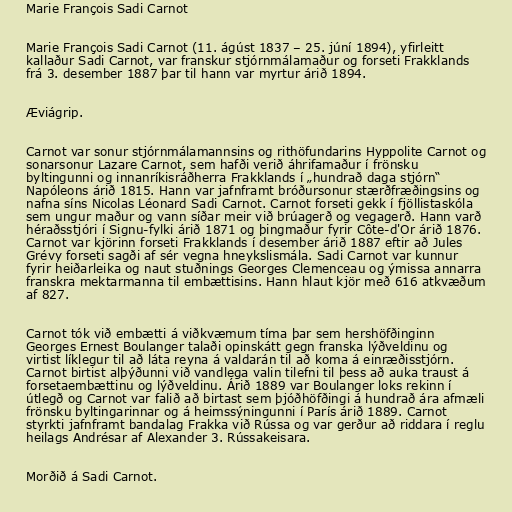
Marie François Sadi Carnot

Marie François Sadi Carnot (11. ágúst 1837 – 25. júní 1894), yfirleitt
kallaður Sadi Carnot, var franskur stjórnmálamaður og forseti Frakklands
frá 3. desember 1887 þar til hann var myrtur árið 1894.

Æviágrip.

Carnot var sonur stjórnmálamannsins og rithöfundarins Hyppolite Carnot og
sonarsonur Lazare Carnot, sem hafði verið áhrifamaður í frönsku
byltingunni og innanríkisráðherra Frakklands í „hundrað daga stjórn“
Napóleons árið 1815. Hann var jafnframt bróðursonur stærðfræðingsins og
nafna síns Nicolas Léonard Sadi Carnot. Carnot forseti gekk í fjöllistaskóla
sem ungur maður og vann síðar meir við brúagerð og vegagerð. Hann varð
héraðsstjóri í Signu-fylki árið 1871 og þingmaður fyrir Côte-d'Or árið 1876.
Carnot var kjörinn forseti Frakklands í desember árið 1887 eftir að Jules
Grévy forseti sagði af sér vegna hneykslismála. Sadi Carnot var kunnur
fyrir heiðarleika og naut stuðnings Georges Clemenceau og ýmissa annarra
franskra mektarmanna til embættisins. Hann hlaut kjör með 616 atkvæðum
af 827.

Carnot tók við embætti á viðkvæmum tíma þar sem hershöfðinginn
Georges Ernest Boulanger talaði opinskátt gegn franska lýðveldinu og
virtist líklegur til að láta reyna á valdarán til að koma á einræðisstjórn.
Carnot birtist alþýðunni við vandlega valin tilefni til þess að auka traust á
forsetaembættinu og lýðveldinu. Árið 1889 var Boulanger loks rekinn í
útlegð og Carnot var falið að birtast sem þjóðhöfðingi á hundrað ára afmæli
frönsku byltingarinnar og á heimssýningunni í París árið 1889. Carnot
styrkti jafnframt bandalag Frakka við Rússa og var gerður að riddara í reglu
heilags Andrésar af Alexander 3. Rússakeisara.

Morðið á Sadi Carnot.